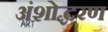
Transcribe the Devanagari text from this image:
अंशोद्धरण